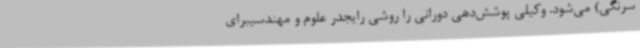
سرنگی) می‌شود. وکیلی پوشش‌دهی دورانی را روشی رایجدر علوم و مهندسیبرای